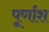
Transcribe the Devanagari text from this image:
पूर्णाश